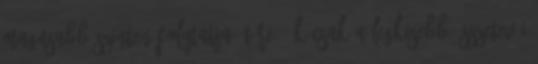
magasabb szinten folytatja. Töre- ók csak a legkisebb összetevői